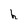
Character: h